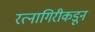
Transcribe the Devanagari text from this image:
रत्नागिरीकडून